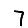
Digit: 7